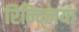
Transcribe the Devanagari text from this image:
रिन्द्लिया